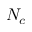
N _ { c }